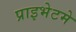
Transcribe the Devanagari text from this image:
प्राइभेटमे